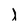
Character: l